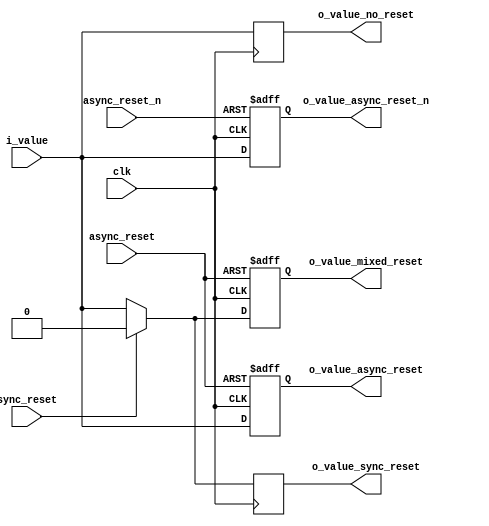
`timescale 1ns / 1ps

module d_flip_flop(
    input	clk,
    input	sync_reset,
    input	async_reset,
    input	async_reset_n,
    input	i_value,		// input of D_FF (D)
    output	o_value_sync_reset,
    output	o_value_async_reset,
    output	o_value_async_reset_n,
    output	o_value_mixed_reset,
    output	o_value_no_reset	);

    reg		r_ff_sync_reset;
    reg		r_ff_async_reset;
    reg		r_ff_async_reset_n;
    reg		r_ff_mixed_reset;
    reg		r_ff_no_reset;
	
// D_FF (Sync reset)
    always @ (posedge clk) begin				// opearate regardless of sync_reset
        if(sync_reset) begin   
            r_ff_sync_reset <= 1'b0;
        end else begin
            r_ff_sync_reset <= i_value;
        end
    end
	
// D_FF (Async reset)
    always @ (posedge clk or posedge async_reset) begin		// operate in response to HIGH async_reset
        if(async_reset) begin   
            r_ff_async_reset <= 1'b0;
        end else begin
            r_ff_async_reset <= i_value;
        end
    end

// D_FF (Async reset_n)
    always @ (posedge clk or negedge async_reset_n) begin	// operate in response to LOW async_reset_n
        if(!async_reset_n) begin	// Prefer logical negation
//	if(~async_reset_n) begin   
//	if(async_reset_n == 1'b0) begin   
            r_ff_async_reset_n <= 1'b0;
        end else begin
            r_ff_async_reset_n <= i_value;
        end
    end

// D_FF (Mixed async/sync reset)
    always @ (posedge clk or posedge async_reset) begin		
        if(async_reset) begin		// async reset
            r_ff_mixed_reset <= 1'b0;
        end else if (sync_reset) begin	// sync reset
            r_ff_mixed_reset <= 1'b0;
        end else begin
            r_ff_mixed_reset <= i_value;
        end
    end

// D_FF (No reset)
    always @ (posedge clk) begin
        r_ff_no_reset <= i_value;
    end

// Assign
    assign  o_value_sync_reset		= r_ff_sync_reset;
    assign  o_value_async_reset		= r_ff_async_reset;
    assign  o_value_async_reset_n	= r_ff_async_reset_n;
    assign  o_value_mixed_reset		= r_ff_mixed_reset;
    assign  o_value_no_reset		= r_ff_no_reset;

endmodule